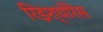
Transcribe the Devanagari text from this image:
रिइंश्योरेंस